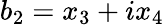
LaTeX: b_{2}=x_{3}+ix_{4}